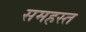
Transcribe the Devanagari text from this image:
समहस्त